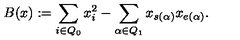
B ( x ) : = \sum _ { i \in Q _ { 0 } } x _ { i } ^ { 2 } - \sum _ { \alpha \in Q _ { 1 } } x _ { s ( \alpha ) } x _ { e ( \alpha ) } .